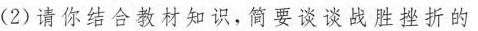
(2)请你结合教材知识，简要谈谈战胜挫折的